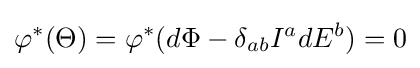
\varphi ^{*}(\Theta )=\varphi ^{*}(d\Phi -\delta _{ab}I^{a}dE^{b})=0